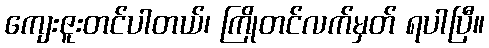
ကျေးဇူးတင်ပါတယ်၊ ကြိုတင်လက်မှတ် ရပါပြီ။